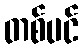
တစ်ပင်